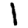
Digit: 1